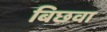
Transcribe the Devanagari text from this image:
बिछवा